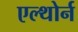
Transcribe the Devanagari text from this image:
एल्थोर्न